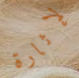
لإثارة